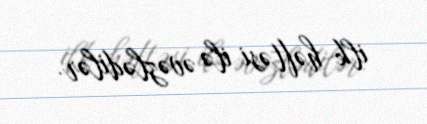
ilk həftəsi ilə əvəzlədilər.